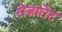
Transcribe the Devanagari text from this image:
रोज़मोंट